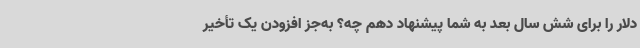
دلار را برای شش سال بعد به شما پیشنهاد دهم چه؟ به‌جز افزودن یک تأخیر